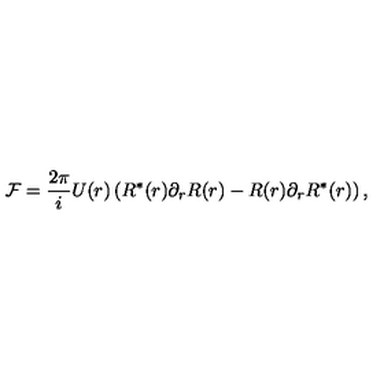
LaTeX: { \cal F } = \frac { 2 \pi } { i } U ( r ) \left( R ^ { \ast } ( r ) \partial _ { r } R ( r ) - R ( r ) \partial _ { r } R ^ { \ast } ( r ) \right) ,